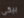
بيكى